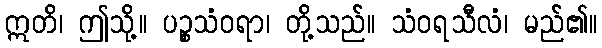
ဣတိ၊ ဤသို့။ ပဉ္စသံဝရာ၊ တို့သည်။ သံဝရသီလံ၊ မည်၏။